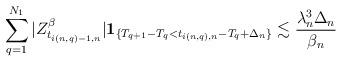
LaTeX: \begin{align*} \sum_{q=1}^{N_1} |Z^{\beta}_{t_{i\left(n,q\right)-1,n}} |{\bf 1}_{\{T_{q+1}-T_q < t_{i\left(n,q\right),n} - T_q + \Delta_n\}} \lesssim \frac{\lambda_n^3 \Delta_n}{\beta_n}\end{align*}